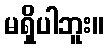
မရှိပါဘူး။